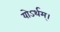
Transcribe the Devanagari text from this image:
योऽर्थम्।